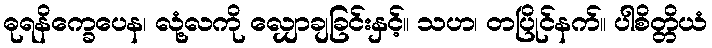
ဓုရနိက္ခေပေန၊ လုံ့လကို လျှောချခြင်းနှင့်။ သဟ၊ တပြိုင်နက်။ ပါစိတ္တိယံ